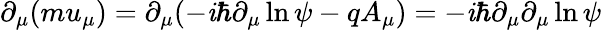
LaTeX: \partial_{\mu}(mu_{\mu})=\partial_{\mu}(-\mathit{i}\hbar\partial_{\mu}\ln\psi-qA_{\mu})=-\mathit{i}\hbar\partial_{\mu}\partial_{\mu}\ln\psi